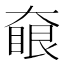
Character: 𡙵